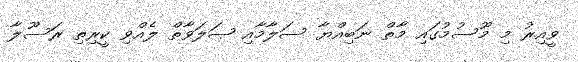
ވީއިރު މި މޫސުމުގައި މާތް ނަބިއްޔާ ސަލާމާއި ޞަލަވާތް ލެއްވި ކީރިތި ރަސޫލާ